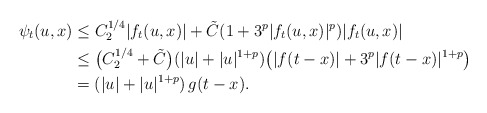
\begin{align*}\psi_t(u,x) & \leq C_2^{1/4}|f_t(u,x)|+ \tilde{C} (1+3^p |f_t(u,x)|^p) |f_t(u,x)|\\& \leq \big(C_2^{1/4}+\tilde{C} \big) (|u|+|u|^{1+p}) \big(|f(t-x)|+3^p|f(t-x)|^{1+p}\big)\\& = (|u|+|u|^{1+p}) \, g(t-x).\end{align*}